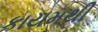
કાયમથી